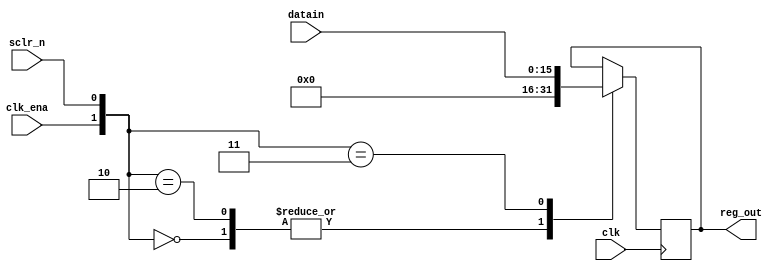
module reg16(
input clk ,sclr_n ,clk_ena ,
input [15:0] datain,
output reg[15:0] reg_out
);

always @(posedge clk) begin
 
 case ({clk_ena,sclr_n}) 
  2'b00 : reg_out = 16'b 0000_0000_0000_0000;
  2'b10 : reg_out = 16'b 0000_0000_0000_0000;
  2'b11 : reg_out = datain ;
endcase

end

endmodule

// testbench
module Synchronous_register_TestBench();
  reg clk;
  reg sclr_n;
  reg clk_ena;
  reg [15:0] datain;
  wire [15:0] reg_out;
  
  reg16 DUT (
    .clk(clk),
    .sclr_n(sclr_n),
    .clk_ena(clk_ena),
    .datain(datain),
    .reg_out(reg_out)
  );


  always #5 clk = ~clk;

  initial begin
    clk = 0;
    sclr_n = 1;
    clk_ena = 1;
    datain = 16'b1010_1100_0101_0011;                               
 
    #10 sclr_n = 0;
    #10 sclr_n = 1;

    #10 clk_ena = 0;
    #10 clk_ena = 1;
  
end
endmodule